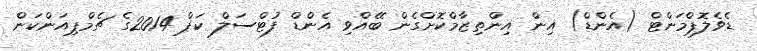
ޑެވެލޮޕްމަންޓް (އެންޑް) އިން އިންތިޒާމްކޮށްގެން ބޭއްވި އެންޑް ފުޓްސަލް ކަޕް 2014ގެ ޗެމްޕިއަންކަން